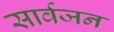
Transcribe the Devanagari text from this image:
सार्वजन